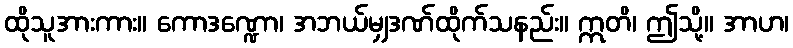
ထိုသူအားကား။ ကောဒဏ္ဍော၊ အဘယ်မျှဒဏ်ထိုက်သနည်း။ ဣတိ၊ ဤသို့။ အာဟ၊